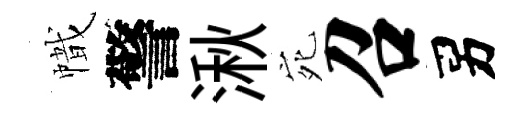
幟警湫宛召男